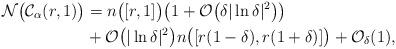
LaTeX: \begin{align*}\mathcal{N} \big( \mathcal{C}_{\alpha}(r,1) \big) & = n \big( [r,1] \big) \big( 1 + \mathcal{O} \big( \delta \vert \ln \delta \vert^{2} \big) \big) \\& + \mathcal{O} \big( \vert \ln \delta \vert^{2} \big) n \big( [r(1-\delta),r(1+\delta)] \big) + \mathcal{O}_{\delta}(1),\end{align*}